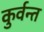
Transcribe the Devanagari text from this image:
कुर्वन्त